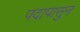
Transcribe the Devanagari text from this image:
पदापासुन